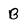
Character: B